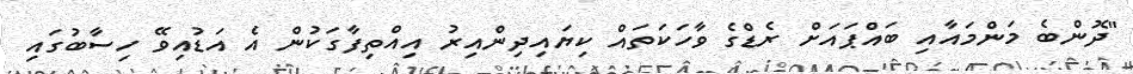
"ދޮންބެ މަންމައާއި ބައްޕައަށް ރެޑްގެ ވާހަކަތައް ކިޔައިދިންއިރު އިއްތިފާގަކުން އެ އަޑުއިވޭ ހިސާބުގައި